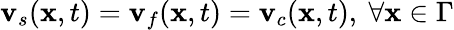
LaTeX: \mathbf{v}_{s}(\mathbf{x},t)=\mathbf{v}_{f}(\mathbf{x},t)=\mathbf{v}_{c}(\mathbf{x},t),\ \forall\mathbf{x}\in\Gamma